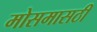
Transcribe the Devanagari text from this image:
मोसमासठी